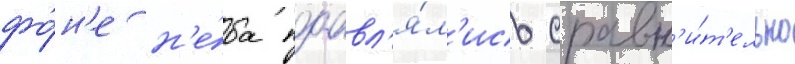
фо́н'е н'е́ба поавл'я́л'ись сравн'и́т'ельно